Vital statistics of India. Vol. IV, Annual returns from 1871 to 1876. British Army of India, Native Army and jails of Bengal
Year: 1871
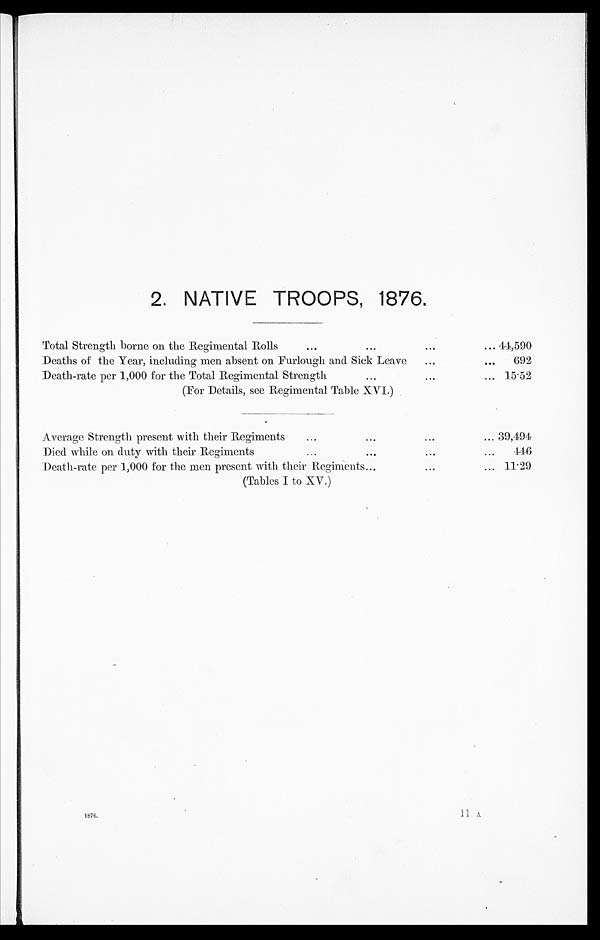
2. NATIVE TROOPS, 1876.
Total Strength borne on the Regimental Rolls
44,590
Deaths of the Year, including men absent on Furlough and Sick Leave
692
Death-rate per 1,000 for the Total Regimental Strength
15.52
(For Details, see Regimental Table XVI.)
Average Strength present with their Regiments
39, 494
Died while on duty with their Regiments
446
Death-rate per 1,000 for the men present with their Regiments
11.29
(Tables I to XV.)
1876.
1 1 A